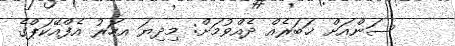
ސަންއަށް ޚަބަރެއް ދެއްވުމަށް: މިދިޔަ އހަރު އެފްއޭކަޕްގެ